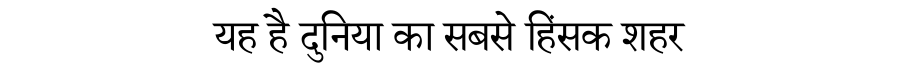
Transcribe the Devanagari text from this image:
यह है दुनिया का सबसे हिंसक शहर